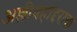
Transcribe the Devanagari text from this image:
अल्लीबहाद्दराचा